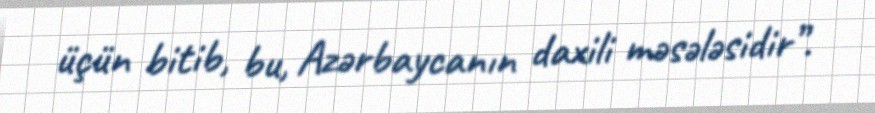
üçün bitib, bu, Azərbaycanın daxili məsələsidir”.